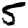
Digit: 5